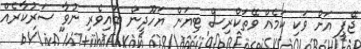
ޖޭޕީ އަށް ވަކި ކަމެއް ވޭތަކްރިސް ޓިޔަން ޔަހޫދީން ބައިވެރި ނުވާ ސަރުކާރެއް